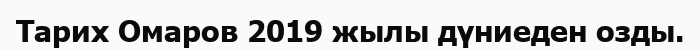
Тарих Омаров 2019 жылы дүниеден озды.